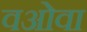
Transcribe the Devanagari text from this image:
वओवा